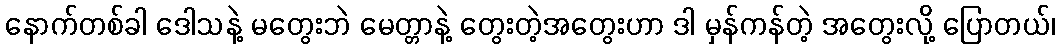
နောက်တစ်ခါ ဒေါသနဲ့ မတွေးဘဲ မေတ္တာနဲ့ တွေးတဲ့အတွေးဟာ ဒါ မှန်ကန်တဲ့ အတွေးလို့ ပြောတယ်၊